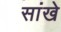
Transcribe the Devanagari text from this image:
सांखे